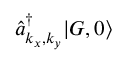
\hat { a } _ { k _ { x } , k _ { y } } ^ { \dagger } | G , 0 \rangle